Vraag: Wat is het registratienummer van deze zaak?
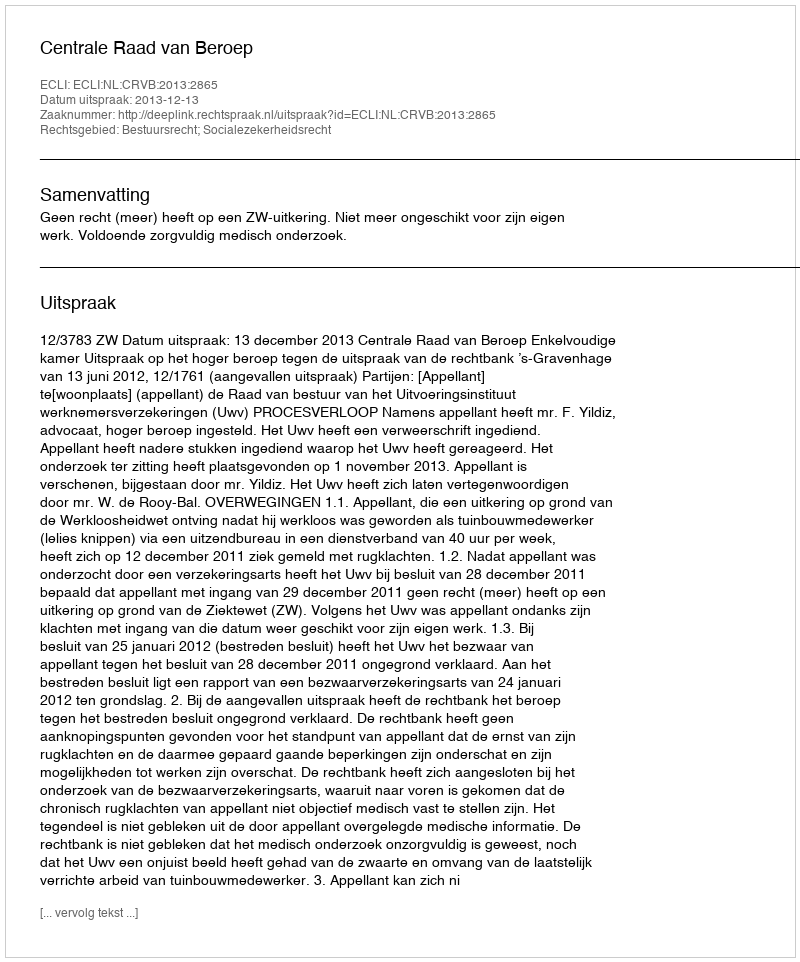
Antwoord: http://deeplink.rechtspraak.nl/uitspraak?id=ECLI:NL:CRVB:2013:2865